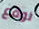
نوقع